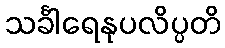
သင်္ခါရေနုပလိပ္ပတိ